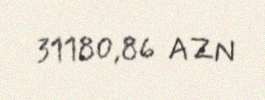
31180,86 AZN